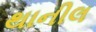
થાનીલ